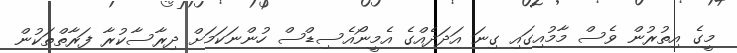
މީގެ އިތުރުން ވެސް މާމުއިގައި ގިނަ އަދަދެއްގެ އެމީނޯއެސިޑްސް ހުންނަކަމަށް ދިރާސާކުރާ ފަރާތްތަކުން